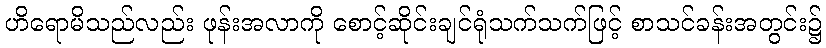
ဟိရောမိသည်လည်း ဖုန်းအလာကို စောင့်ဆိုင်းချင်ရုံသက်သက်ဖြင့် စာသင်ခန်းအတွင်း၌